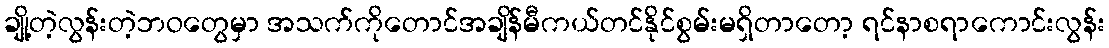
ချို့တဲ့လွန်းတဲ့ဘဝတွေမှာ အသက်ကိုတောင်အချိန်မီကယ်တင်နိုင်စွမ်းမရှိတာတော့ ရင်နာစရာကောင်းလွန်း